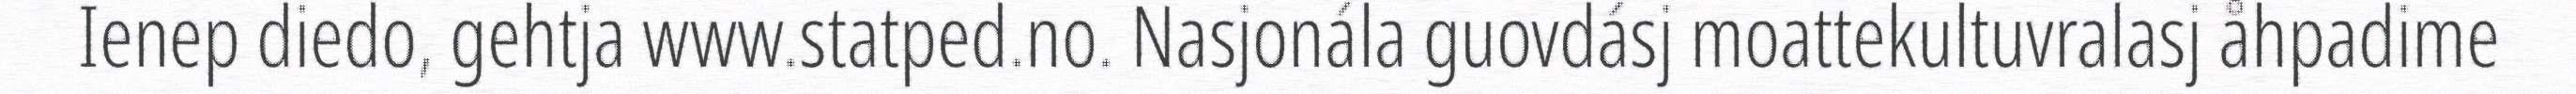
Ienep diedo, gehtja www.statped.no. Nasjonála guovdásj moattekultuvralasj åhpadime